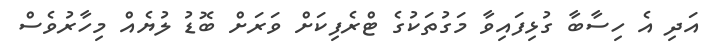
އަދި އެ ހިސާބާ ގުޅިފައިވާ މަގުތަކުގެ ޓްރެފިކަށް ވަރަށް ބޮޑު ލުޔެއް މިހާރުވެސް